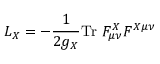
{ \cal L } _ { X } = - { \frac 1 { 2 g _ { X } } } \mathrm { T r \ } F _ { \mu \nu } ^ { X } F ^ { X \mu \nu }